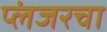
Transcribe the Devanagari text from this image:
प्लंजरचा